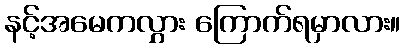
နင့်အမေကလွှား ကြောက်ရမှာလား။